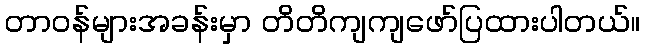
တာဝန်များအခန်းမှာ တိတိကျကျဖော်ပြထားပါတယ်။